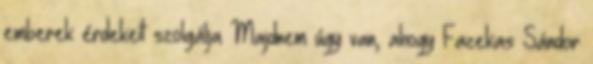
emberek érdekeit szolgálja Majdnem úgy van, ahogy Fazekas Sándor